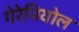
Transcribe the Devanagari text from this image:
गेरेनियोल